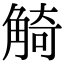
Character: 觭